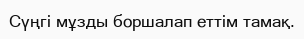
Сүңгi мұзды боршалап еттiм тамақ.